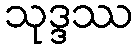
သုဒ္ဒဿ